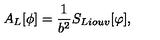
A _ { L } [ \phi ] = { \frac { 1 } { b ^ { 2 } } } S _ { L i o u v } [ \varphi ] ,